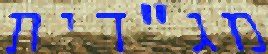
מג"דית